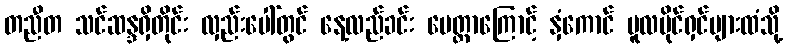
တညီတ သင်ဆန္ဒရှိတိုင်း လှည်းပေါ်တွင် နေ့လည်ခင်း မေတ္တာကြောင့် နှံကောင် မူလပိုင်ရှင်များထံသို့